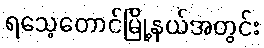
ရသေ့တောင်မြို့နယ်အတွင်း